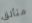
متألق